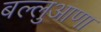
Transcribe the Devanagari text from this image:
बल्लुआणा